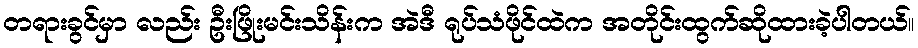
တရားခွင်မှာ လည်း ဦးဖြိုးမင်းသိန်းက အဲဒီ ရုပ်သံဖိုင်ထဲက အတိုင်းထွက်ဆိုထားခဲ့ပါတယ်။